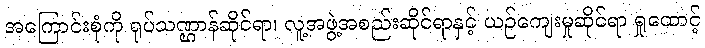
အကြောင်းစုံကို ရုပ်သဏ္ဌာန်ဆိုင်ရာ၊ လူ့အဖွဲ့အစည်းဆိုင်ရာနှင့် ယဉ်ကျေးမှုဆိုင်ရာ ရှုထောင့်